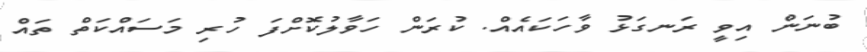
ބުނަން އިވީ ރަނގަޅު ވާހަކައެއް. ކުރަން ހަވާލުކޮށްފަ ހުރި މަސައްކަތް ތައް